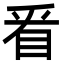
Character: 㸔